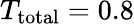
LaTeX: T_{\mathrm{total}}=0.8